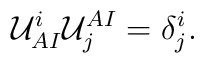
{\cal U}^i_{AI} {\cal U}^{AI}_j = \delta^i_j.